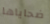
ضحاياها